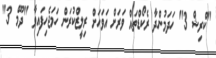
"ކްރިޝް 3" ހަދަމުންދާ ރެކޯޑްތައް ވަރަށް އަވަހަށް ރިލީޒްކުރަން ހަމަޖެހިފައިވާ "ދޫމް 3"